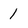
Character: 1